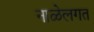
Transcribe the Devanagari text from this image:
नाळेलगत